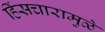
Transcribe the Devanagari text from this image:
हिंसचारामुळे